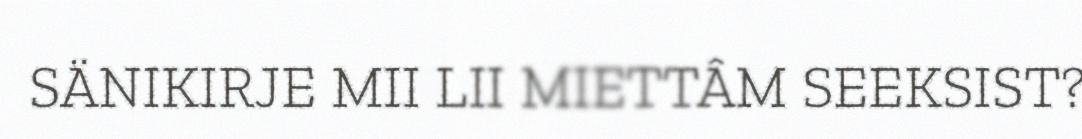
SÄNIKIRJE MII LII MIETTÂM SEEKSIST?